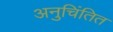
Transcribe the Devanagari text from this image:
अनुचिंतित